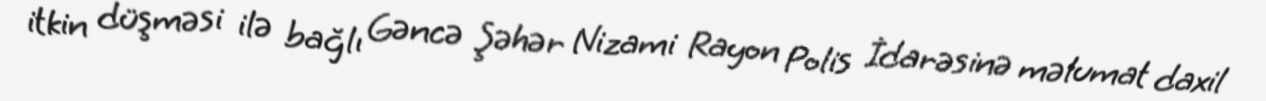
itkin düşməsi ilə bağlı Gəncə Şəhər Nizami Rayon Polis İdarəsinə məlumat daxil